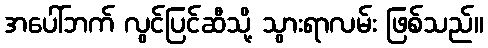
အပေါ်ဘက် လွင်ပြင်ဆီသို့ သွားရာလမ်း ဖြစ်သည်။